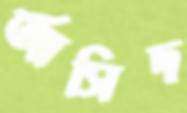
আসিদ